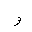
Letter: _waw